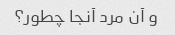
و آن مرد آنجا چطور؟